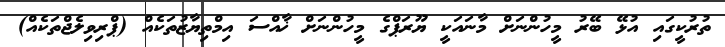
ތުރުކީގައި އުޅޭ ބޭރު މީހުންނަށް މާނައަކީ ޔޫރަޕްގެ މީހުންނަށް ޚާއްސަ އިމްތިޔާޒުތަކެއް (ޕްރިވިލެޖްތަކެއް)